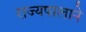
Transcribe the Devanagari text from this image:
राज्यपालाने